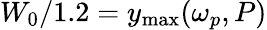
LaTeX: W_{0}/1.2=y_{\mathrm{{max}}}(\omega_{p},P)